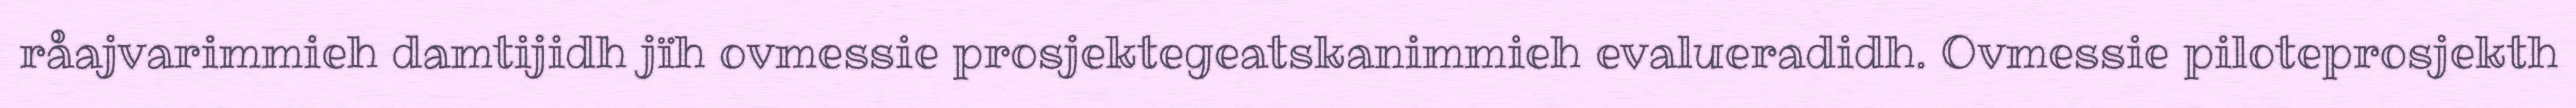
råajvarimmieh damtijidh jïh ovmessie prosjektegeatskanimmieh evalueradidh. Ovmessie piloteprosjekth